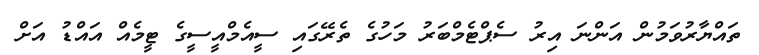
ތައްޔާރުވަމުން އަންނަ އިރު ސެޕްޓެމްބަރު މަހުގެ ތެރޭގައި ސީއެމްއީސީގެ ޓީމެއް އައްޑު އަށް